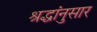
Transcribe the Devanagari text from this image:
श्रद्धांनुसार